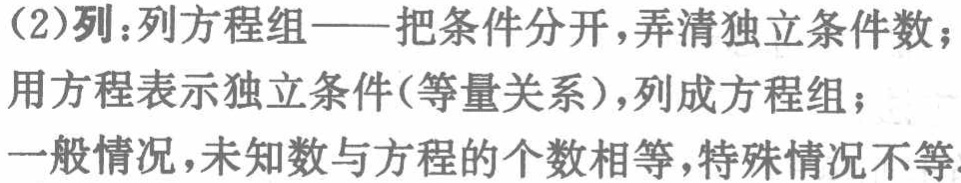
(2)列：列方程组——把条件分开，弄清独立条件数；

用方程表示独立条件(等量关系)，列成方程组；

一般情况，未知数与方程的个数相等，特殊情况不等